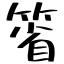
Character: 箵